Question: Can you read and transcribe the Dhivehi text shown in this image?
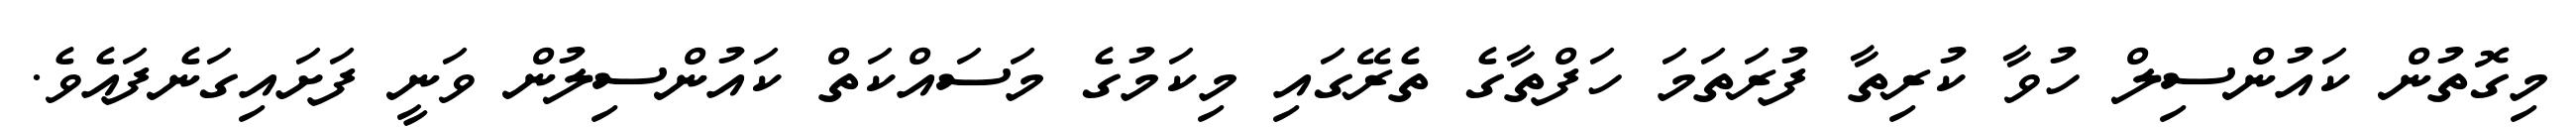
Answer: މިގޮތުން ކައުންސިލް ހުވާ ކުރިތާ ފުރަތަމަ ހަފްތާގެ ތެރޭގައި މިކަމުގެ މަސައްކަތް ކައުންސިލުން ވަނީ ފަށައިގަނެފައެވެ.